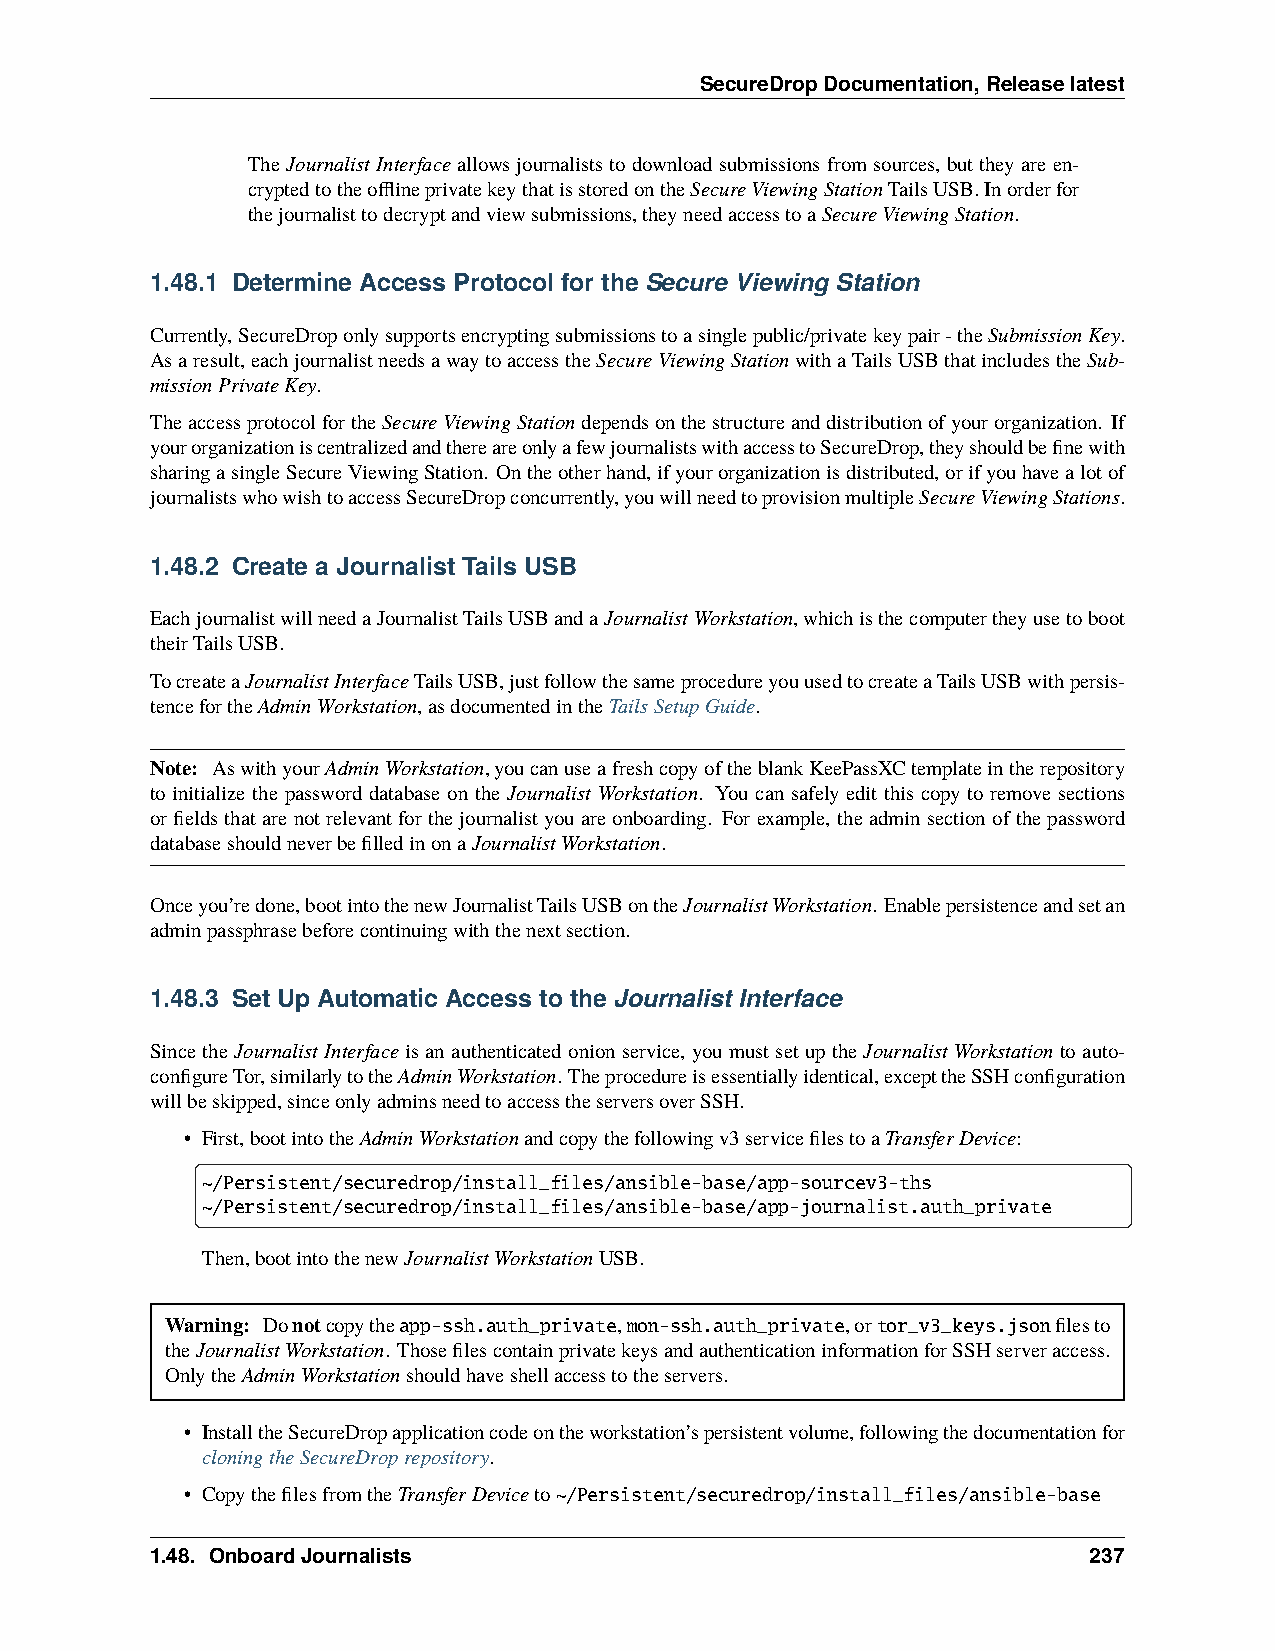
SecureDropDocumentation,Releaselatest
 TheJournalistInterfaceallowsjournaliststodownloadsubmissionsfromsources, buttheyareen-
 cryptedtotheofflineprivatekeythatisstoredontheSecureViewingStationTailsUSB.Inorderfor
 thejournalisttodecryptandviewsubmissions,theyneedaccesstoaSecureViewingStation.
 1.48.1 Determine Access Protocol for the Secure Viewing Station
 Currently,SecureDroponlysupportsencryptingsubmissionstoasinglepublic/privatekeypair-theSubmissionKey.
 Asaresult,eachjournalistneedsawaytoaccesstheSecureViewingStationwithaTailsUSBthatincludestheSub-
 missionPrivateKey.
 TheaccessprotocolfortheSecureViewingStationdependsonthestructureanddistributionofyourorganization. If
 yourorganizationiscentralizedandthereareonlyafewjournalistswithaccesstoSecureDrop,theyshouldbefinewith
 sharingasingleSecureViewingStation. Ontheotherhand,ifyourorganizationisdistributed,orifyouhavealotof
 journalistswhowishtoaccessSecureDropconcurrently,youwillneedtoprovisionmultipleSecureViewingStations.
 1.48.2 Create a Journalist Tails USB
 EachjournalistwillneedaJournalistTailsUSBandaJournalistWorkstation,whichisthecomputertheyusetoboot
 theirTailsUSB.
 TocreateaJournalistInterfaceTailsUSB,justfollowthesameprocedureyouusedtocreateaTailsUSBwithpersis-
 tencefortheAdminWorkstation,asdocumentedintheTailsSetupGuide.
 Note: AswithyourAdminWorkstation,youcanuseafreshcopyoftheblankKeePassXCtemplateintherepository
 to initialize the password database on the Journalist Workstation. You can safely edit this copy to remove sections
 orfieldsthatarenotrelevantforthejournalistyouareonboarding. Forexample, theadminsectionofthepassword
 databaseshouldneverbefilledinonaJournalistWorkstation.
 Onceyou’redone,bootintothenewJournalistTailsUSBontheJournalistWorkstation. Enablepersistenceandsetan
 adminpassphrasebeforecontinuingwiththenextsection.
 1.48.3 Set Up Automatic Access to the Journalist Interface
 SincetheJournalistInterfaceisanauthenticatedonionservice, youmustsetuptheJournalistWorkstationtoauto-
 configureTor,similarlytotheAdminWorkstation. Theprocedureisessentiallyidentical,excepttheSSHconfiguration
 willbeskipped,sinceonlyadminsneedtoaccesstheserversoverSSH.
 • First,bootintotheAdminWorkstationandcopythefollowingv3servicefilestoaTransferDevice:
 ~/Persistent/securedrop/install_files/ansible-base/app-sourcev3-ths
 ~/Persistent/securedrop/install_files/ansible-base/app-journalist.auth_private
 Then,bootintothenewJournalistWorkstationUSB.
 Warning: Donotcopytheapp-ssh.auth_private,mon-ssh.auth_private,ortor_v3_keys.jsonfilesto
 theJournalistWorkstation. ThosefilescontainprivatekeysandauthenticationinformationforSSHserveraccess.
 OnlytheAdminWorkstationshouldhaveshellaccesstotheservers.
 • InstalltheSecureDropapplicationcodeontheworkstation’spersistentvolume,followingthedocumentationfor
 cloningtheSecureDroprepository.
 • CopythefilesfromtheTransferDeviceto~/Persistent/securedrop/install_files/ansible-base
 1.48. OnboardJournalists                                      237